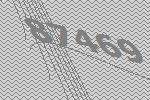
87469